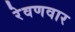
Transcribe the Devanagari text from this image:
रेवणवार